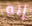
إنه